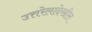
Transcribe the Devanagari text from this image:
उत्तरेलादेखील